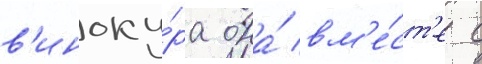
в'иноку́ра она́ вм'е́ст'е с